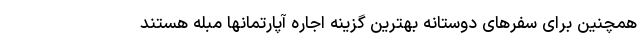
همچنین برای سفرهای دوستانه بهترین گزینه اجاره آپارتمانها مبله هستند